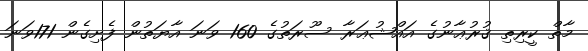
މާތް ކީރިތި ޤުރުޢާނުގެ އައްޝުޢަރާ ސޫރަތުގެ 160 ވަނަ އާޔަތުން ފެށިގެން 171ވަނަ